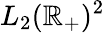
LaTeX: L_{2}(\mathbb{R}_{+})^{2}